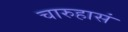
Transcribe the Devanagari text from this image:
चारुहासं